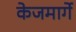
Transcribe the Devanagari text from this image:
केजमार्गे